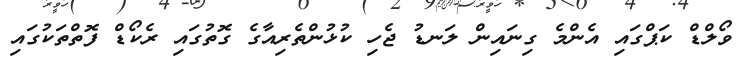
ވޯލްޑް ކަޕްގައި އެންމެ ގިނައިން ލަނޑު ޖެހި ކުޅުންތެރިއާގެ ގޮތުގައި ރެކޯޑް ފޮތްތަކުގައި